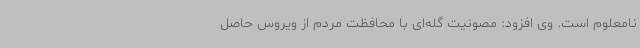
نامعلوم است. وی افزود: مصونیت گله‌ای با محافظت مردم از ویروس حاصل